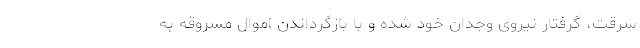
سرقت، گرفتار نیروی وجدان خود شده و با بازگرداندن اموال مسروقه به